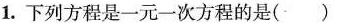
1.下列方程是一元一次方程的是( )